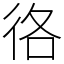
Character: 𢓜